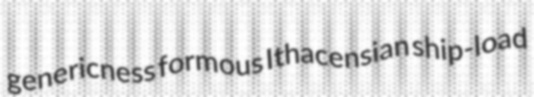
genericness formous Ithacensian ship-load